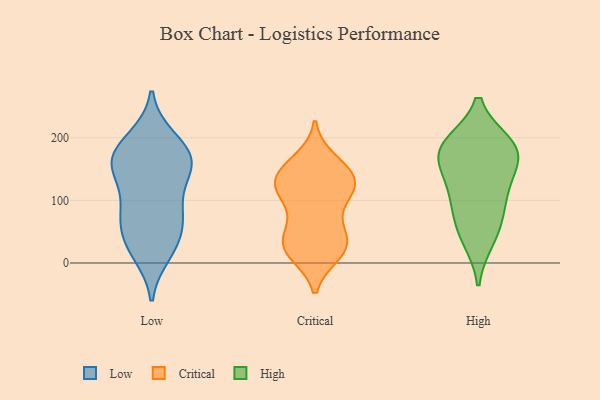
{"axis": {"x": "Page Views", "y": "Value"}, "legend": ["Critical", "High", "Low"], "data": [{"x": "", "y": 23, "type": "Low"}, {"x": "", "y": 195, "type": "Low"}, {"x": "", "y": 157, "type": "Low"}, {"x": "", "y": 32, "type": "Low"}, {"x": "", "y": 163, "type": "Low"}, {"x": "", "y": 15, "type": "Low"}, {"x": "", "y": 166, "type": "Low"}, {"x": "", "y": 149, "type": "Low"}, {"x": "", "y": 78, "type": "Low"}, {"x": "", "y": 176, "type": "Low"}, {"x": "", "y": 87, "type": "Low"}, {"x": "", "y": 141, "type": "Low"}, {"x": "", "y": 199, "type": "Low"}, {"x": "", "y": 82, "type": "Low"}, {"x": "", "y": 46, "type": "Low"}, {"x": "", "y": 77, "type": "Low"}, {"x": "", "y": 153, "type": "Low"}, {"x": "", "y": 19, "type": "Critical"}, {"x": "", "y": 119, "type": "Critical"}, {"x": "", "y": 164, "type": "Critical"}, {"x": "", "y": 95, "type": "Critical"}, {"x": "", "y": 130, "type": "Critical"}, {"x": "", "y": 40, "type": "Critical"}, {"x": "", "y": 150, "type": "Critical"}, {"x": "", "y": 119, "type": "Critical"}, {"x": "", "y": 132, "type": "Critical"}, {"x": "", "y": 15, "type": "Critical"}, {"x": "", "y": 155, "type": "Critical"}, {"x": "", "y": 35, "type": "Critical"}, {"x": "", "y": 59, "type": "Critical"}, {"x": "", "y": 139, "type": "Critical"}, {"x": "", "y": 22, "type": "Critical"}, {"x": "", "y": 106, "type": "Critical"}, {"x": "", "y": 18, "type": "Critical"}, {"x": "", "y": 45, "type": "Critical"}, {"x": "", "y": 120, "type": "Critical"}, {"x": "", "y": 188, "type": "High"}, {"x": "", "y": 189, "type": "High"}, {"x": "", "y": 39, "type": "High"}, {"x": "", "y": 173, "type": "High"}, {"x": "", "y": 178, "type": "High"}, {"x": "", "y": 112, "type": "High"}, {"x": "", "y": 89, "type": "High"}, {"x": "", "y": 57, "type": "High"}, {"x": "", "y": 169, "type": "High"}, {"x": "", "y": 128, "type": "High"}]}